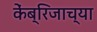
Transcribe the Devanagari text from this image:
केंब्रिजाच्या